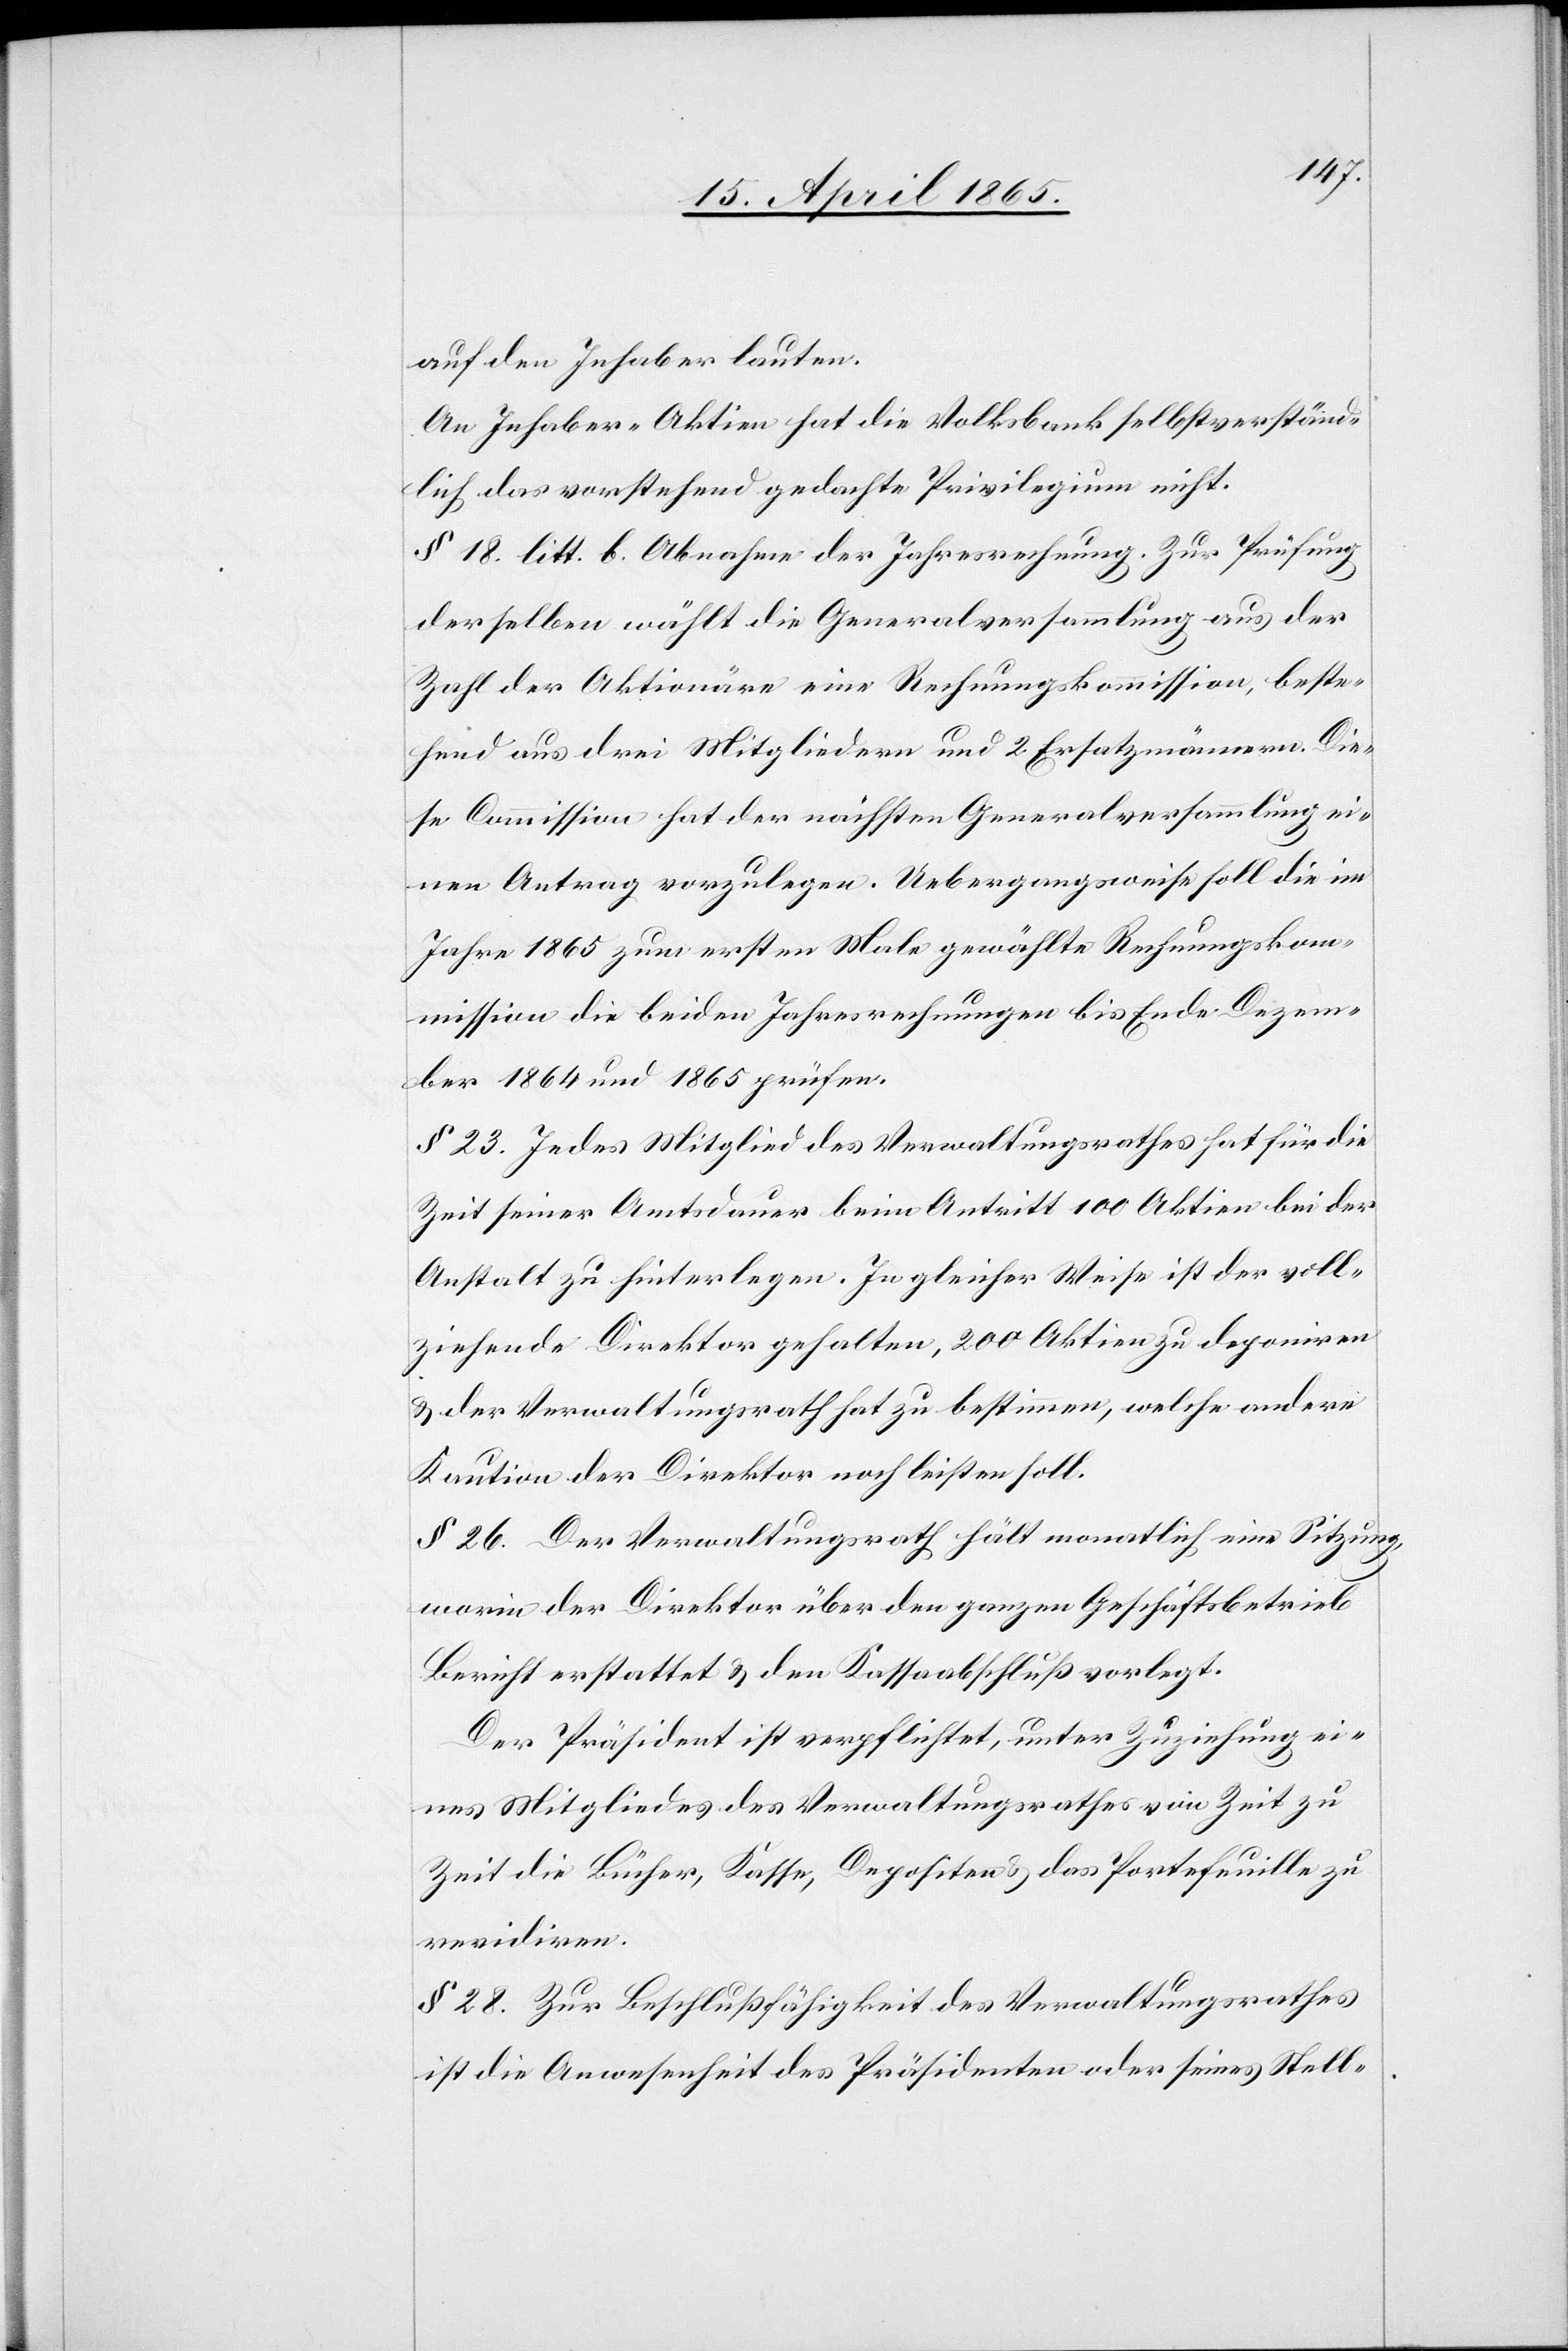
auf den Inhaber lauten.
An Inhaber-Aktien hat die Volksbank selbstverständ¬
lich das vorstehend gedachte Privilegium nicht.
§ 18. litt. b. Abnahme der Jahresrechnung. Zur Prüfung
derselben wählt die Generalversammlung aus der
Zahl der Aktionäre eine Rechnungskommission, beste¬
hend aus drei Mitgliedern und 2. Ersatzmännern. Die¬
se Commission hat der nächsten Generalversammlung ei¬
nen Antrag vorzulegen. Uebergangsweise soll die im
Jahre 1865 zum ersten Male gewählte Rechnungskom¬
mission die beiden Jahresrechnungen bis Ende Dezem¬
ber 1864 und 1865 prüfen.
§ 23. Jedes Mitglied des Verwaltungsrathes hat für die
Zeit seiner Amtsdauer beim Antritt 100 Aktien bei der
Anstalt zu hinterlegen. In gleicher Weise ist der voll¬
ziehende Direktor gehalten, 200 Aktien zu deponiren
& der Verwaltungsrath hat zu bestimmen, welche andere
Kaution der Direktor noch leisten soll.
§ 26. Der Verwaltungsrath hält monatlich eine Sitzung,
worin der Direktor über den ganzen Geschäftsbetrieb
Bericht erstattet & den Kassaabschluß vorlegt.
Der Präsident ist verpflichtet, unter Zuziehung ei¬
nes Mitgliedes des Verwaltungsrathes von Zeit zu
Zeit die Bücher, Kasse, Depositen & das Portefeuille zu
revidiren.
§ 28. Zur Beschlußfähigkeit des Verwaltungsrathes
ist die Anwesenheit des Präsidenten oder seines Stell-